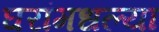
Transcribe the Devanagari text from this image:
घरांमधल्या